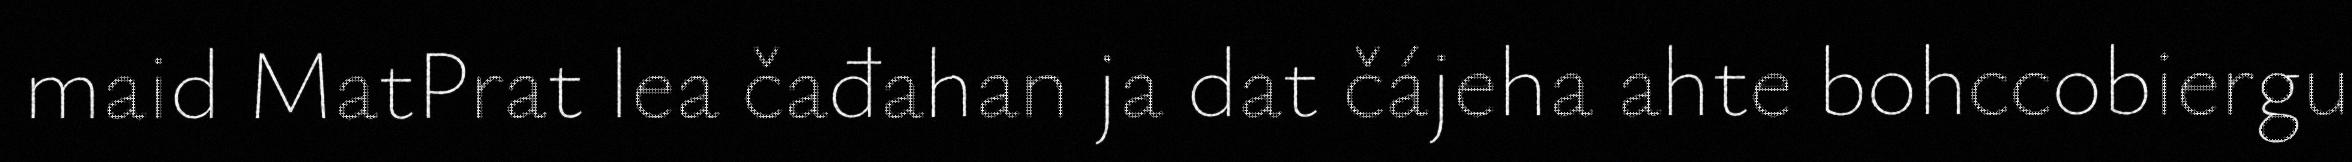
maid MatPrat lea čađahan ja dat čájeha ahte bohccobiergu